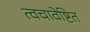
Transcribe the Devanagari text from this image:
त्वचावेष्टित